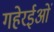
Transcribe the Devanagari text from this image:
गहेरईओं